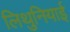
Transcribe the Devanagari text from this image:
लिथुनियाई